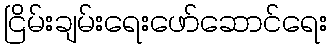
ငြိမ်းချမ်းရေးဖော်ဆောင်ရေး